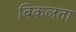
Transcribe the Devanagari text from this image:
बिकलता